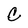
Character: c